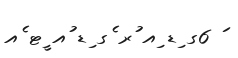
ަ 6ގ ިޑ ިއ ުރ ެގ ިޑ ުއ ީޓ ެއ